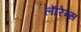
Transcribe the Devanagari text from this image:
लाॅरेन्स